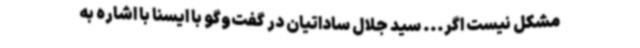
مشکل نیست اگر... سید جلال ساداتیان در گفت‌وگو با ایسنا با اشاره به